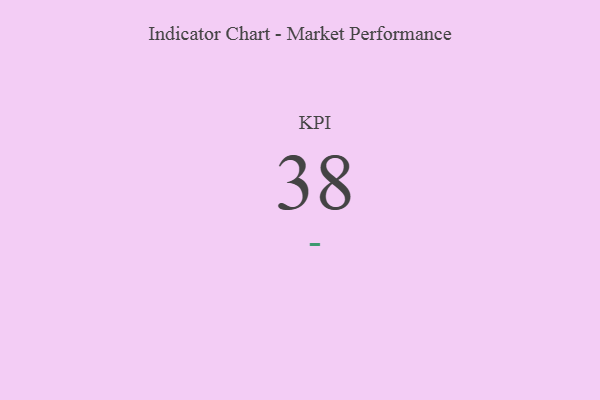
{"axis": {"x": "KPI", "y": "Value"}, "legend": [""], "data": [{"x": "KPI", "y": 38, "type": ""}]}